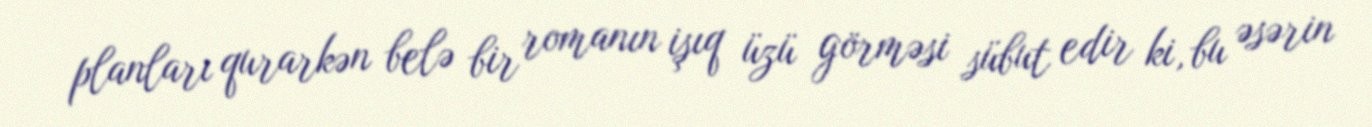
planları qurarkən belə bir romanın işıq üzü görməsi sübut edir ki, bu əsərin